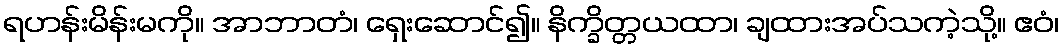
ရဟန်းမိန်းမကို။ အာဘာတံ၊ ရှေးဆောင်၍။ နိက္ခိတ္တယထာ၊ ချထားအပ်သကဲ့သို့။ ဧဝံ၊